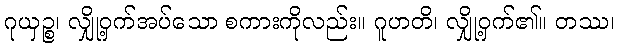
ဂုယှဉ္စ၊ လျှို့ဝှက်အပ်သော စကားကိုလည်း။ ဂူဟတိ၊ လျှို့ဝှက်၏။ တဿ၊